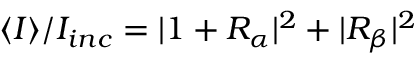
\langle I \rangle / I _ { i n c } = | 1 + { \cal R } _ { \alpha } | ^ { 2 } + | { \cal R } _ { \beta } | ^ { 2 }